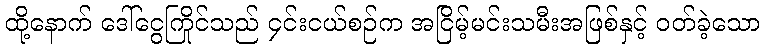
ထို့နောက် ဒေါ်ငွေကြိုင်သည် ၄င်းငယ်စဉ်က အငြိမ့်မင်းသမီးအဖြစ်နှင့် ဝတ်ခဲ့သော